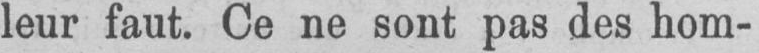
leur faut. Ce ne sont pas des hom-